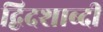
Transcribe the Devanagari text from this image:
द्विदशाब्दी